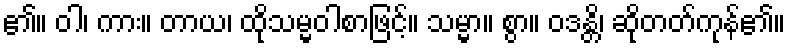
၏။ ဝါ၊ ကား။ တာယ၊ ထိုသမ္မဝါစာဖြင့်။ သမ္မာ။ စွာ။ ဝဒန္တိ၊ ဆိုတတ်ကုန်၏။